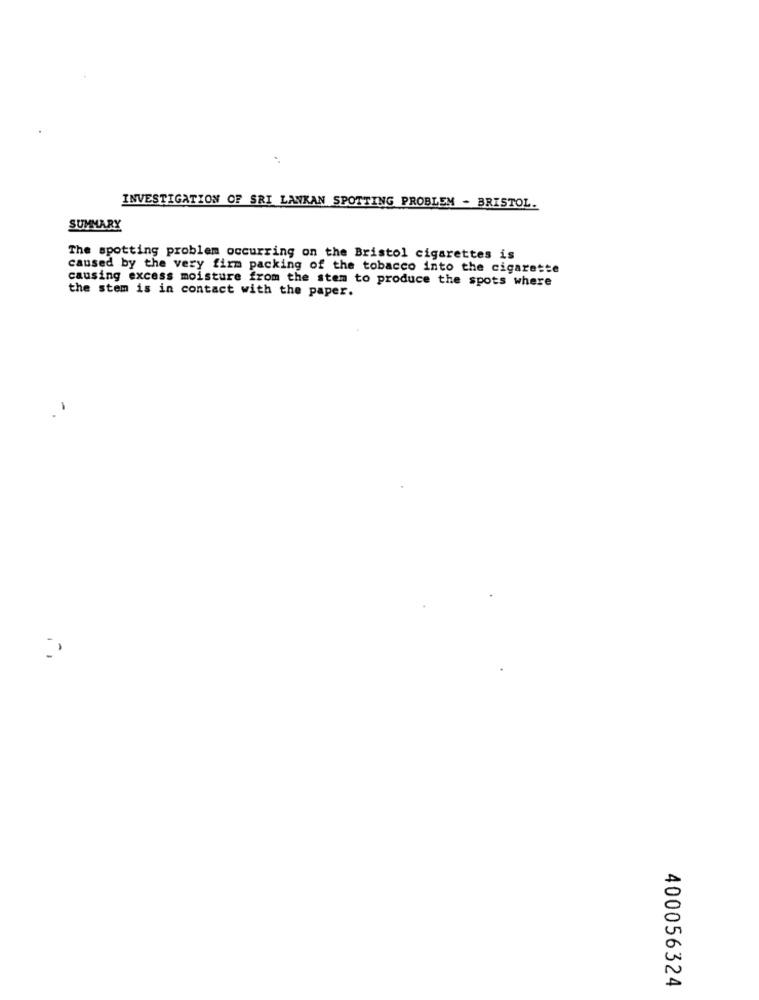
INVESTIGATION OF SRI LANKAN SPOTTING PROBLEM - BRISTOL.
SUMMARY
The spotting problem occurring on the Bristol cigarettes is
caused by the very firm packing of the tobacco into the cigarette
causing excess moisture from the stem to produce the spots where
the stem is in contact with the paper.
-
400056324